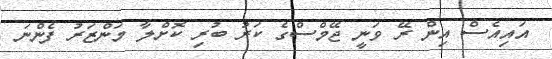
އައިއެސް އިން ރޭ ވަނީ ޖޭމްސްގެ ކަރު ބުރި ކޮށްލާ މަންޒަރު ފެންނަ